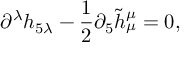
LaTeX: \partial ^ { \lambda } h _ { 5 \lambda } - \frac { 1 } { 2 } \partial _ { 5 } \tilde { h } _ { \mu } ^ { \mu } = 0 ,